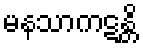
မနသာကဋန္တိ